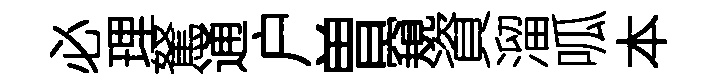
必理駑通户曽窺資溜呱本